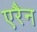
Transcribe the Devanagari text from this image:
एरैन